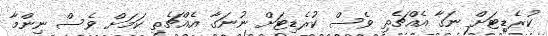
ކުރެޑިޓަށް ނަގާ އެއްޗެތި ވެސް ކުރެޑިޓަށް ނުނަގާ އެއްޗެތި ކަމަށް ވެސް ނިންމާ